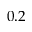
0 . 2